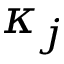
\kappa _ { j }